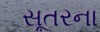
સૂતરના